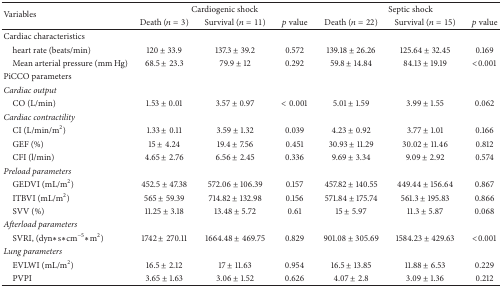
<table><thead><tr><td rowspan="2"><b>Variables</b></td><td colspan="3"><b>Cardiogenic shock</b></td><td colspan="3"><b>Septic shock</b></td></tr><tr><td><b>Death (<i>n</i> = 3)</b></td><td><b>Survival (<i>n</i> = 11)</b></td><td><b><i>p</i> value</b></td><td><b>Death (<i>n</i> = 22)</b></td><td><b>Survival (<i>n</i> = 15)</b></td><td><b><i>p</i> value</b></td></tr></thead><tbody><tr><td colspan="7">Cardiac characteristics</td></tr><tr><td> heart rate (beats/min)</td><td>120 ± 33.9</td><td>137.3 ± 39.2</td><td>0.572</td><td>139.18 ± 26.26</td><td>125.64 ± 32.45</td><td>0.169</td></tr><tr><td> Mean arterial pressure (mm Hg)</td><td>68.5 ± 23.3</td><td>79.9 ± 12</td><td>0.292</td><td>59.8 ± 14.84</td><td>84.13 ± 19.19</td><td>&lt;0.001</td></tr><tr><td>PiCCO parameters</td><td> </td><td> </td><td> </td><td> </td><td> </td><td> </td></tr><tr><td><i>Cardiac output</i></td><td> </td><td> </td><td> </td><td> </td><td> </td><td> </td></tr><tr><td> CO (L/min)</td><td>1.53 ± 0.01</td><td>3.57 ± 0.97</td><td>&lt; 0.001</td><td>5.01 ± 1.59</td><td>3.99 ± 1.55</td><td>0.062</td></tr><tr><td><i>Cardiac contractility</i></td><td> </td><td> </td><td> </td><td> </td><td> </td><td> </td></tr><tr><td> CI (L/min/m<sup>2</sup>)</td><td>1.33 ± 0.11</td><td>3.59 ± 1.32</td><td>0.039</td><td>4.23 ± 0.92</td><td>3.77 ± 1.01</td><td>0.166</td></tr><tr><td> GEF (%)</td><td>15 ± 4.24</td><td>19.4 ± 7.56</td><td>0.451</td><td>30.93 ± 11.29</td><td>30.02 ± 11.46</td><td>0.812</td></tr><tr><td> CFI (l/min)</td><td>4.65 ± 2.76</td><td>6.56 ± 2.45</td><td>0.336</td><td>9.69 ± 3.34</td><td>9.09 ± 2.92</td><td>0.574</td></tr><tr><td><i>Preload parameters</i></td><td> </td><td> </td><td> </td><td> </td><td> </td><td> </td></tr><tr><td> GEDVI (mL/m<sup>2</sup>)</td><td>452.5 ± 47.38</td><td>572.06 ± 106.39</td><td>0.157</td><td>457.82 ± 140.55</td><td>449.44 ± 156.64</td><td>0.867</td></tr><tr><td> ITBVI (mL/m<sup>2</sup>)</td><td>565 ± 59.39</td><td>714.82 ± 132.98</td><td>0.156</td><td>571.84 ± 175.74</td><td>561.3 ± 195.83</td><td>0.866</td></tr><tr><td> SVV (%)</td><td>11.25 ± 3.18</td><td>13.48 ± 5.72</td><td>0.61</td><td>15 ± 5.97</td><td>11.3 ± 5.87</td><td>0.068</td></tr><tr><td colspan="7"><i>Afterload parameters</i></td></tr><tr><td> SVRI, (dyn<i>∗</i>s<i>∗</i>cm<sup>−5</sup><i>∗</i>m<sup>2</sup>)</td><td>1742 ± 270.11</td><td>1664.48 ± 469.75</td><td>0.829</td><td>901.08 ± 305.69</td><td>1584.23 ± 429.63</td><td>&lt;0.001</td></tr><tr><td><i>Lung parameters</i></td><td> </td><td> </td><td> </td><td> </td><td> </td><td> </td></tr><tr><td> EVLWI (mL/m<sup>2</sup>)</td><td>16.5 ± 2.12</td><td>17 ± 11.63</td><td>0.954</td><td>16.5 ± 13.85</td><td>11.88 ± 6.53</td><td>0.229</td></tr><tr><td> PVPI</td><td>3.65 ± 1.63</td><td>3.06 ± 1.52</td><td>0.626</td><td>4.07 ± 2.8</td><td>3.09 ± 1.36</td><td>0.212</td></tr></tbody></table>